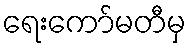
ရေးကော်မတီမှ